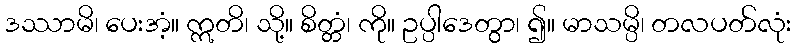
ဒဿာမိ၊ ပေးအံ့။ ဣတိ၊ သို့။ စိတ္တံ၊ ကို။ ဥပ္ပါဒေတွာ၊ ၍။ မာသမ္ပိ၊ တလပတ်လုံး